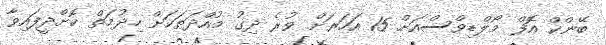
ބޭންކް އޮފް މޯލްޑިވްސްއަށް 15 އަހަރަށް ވުރެ ދިގު މުއްދަތަކަށް ހިދުމަތް ކޮށްދީފައިވާ